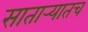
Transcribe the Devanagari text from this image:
सातार्‍यातच